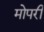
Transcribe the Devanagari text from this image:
मोपरी